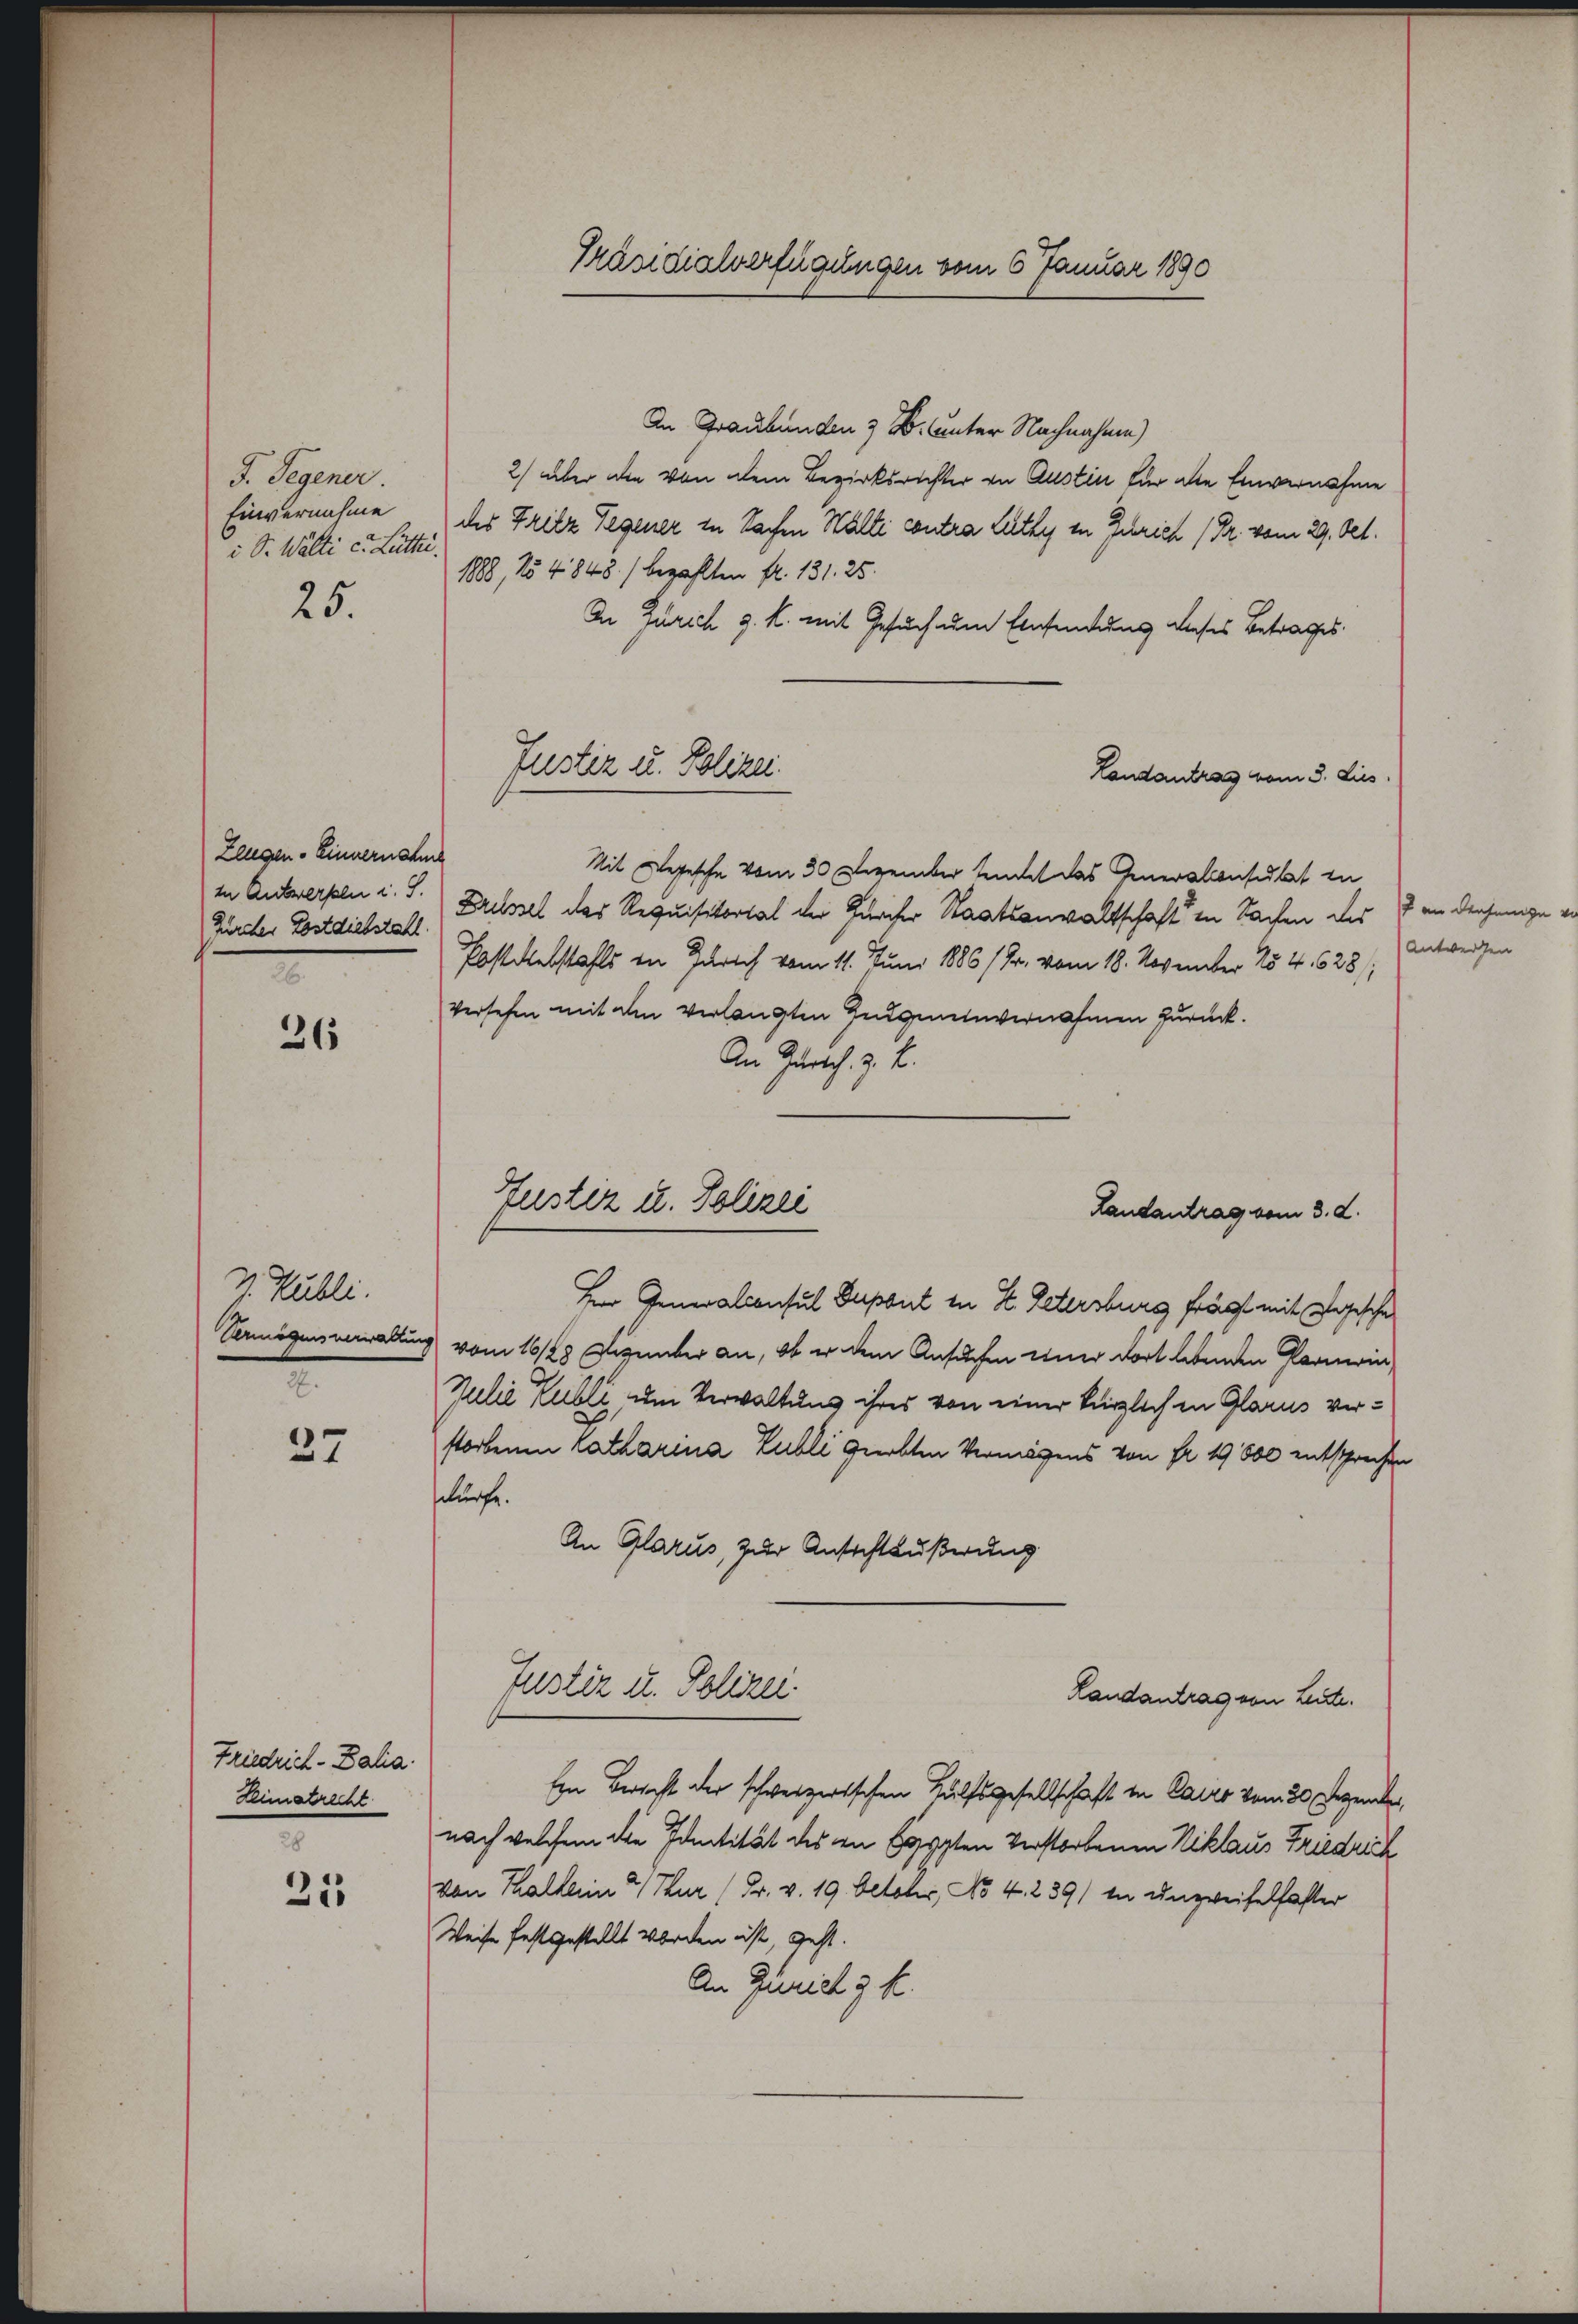
F. Gegener.
Einvernahme
i Sr. Wälti c. Lüth.

25.

Zeugen. Einvernahme
Zürcher Postdiebstahl.

26

v. Kubli
Vermögensverwalten

37

Friedrich-Balia.
Heimatrecht
28

21

Präsidialverfügungen vom 6 Januar 1890

Justiz u. Polizei.

Justiz u. Polizei

In Graubünden 3 B. unter Nachnahme)
2) über die von dem Bezirksrichter in Austin für alle Einvernahme
des Fritz Gegener in Sachen Wälti contra Lüthy in Gerich (Dr. vom 29. Oct.
1888, No 4843/ bezahlten fr. 131. 25.
In Zürich z. B. mit Gesuch um Einsendung dieses Betrages
Mit Depesche vom 30 Dezember sendet das Generalonsulat in
in Antwerpen u. S. Krusel der Requisitorial der Zürcher Staatsanwaltschaft in Sachen des an derjenige
Postdiebstahls in Zürich vom 11. Juni 1886/Fr. vom 18. November 154. 628.) Antwerfen
versehen mit den verlangten Zeugeneinvernahmen zurück.
An Zürich. Z. Z.
Herr Generalconsul Dapont in St. Petersburg frägt mit Depesche
3) vom 16/28 Dezember an, ob er dem Ansuchen einer dort lebenden Glarnerin
Julie Publi um Verwaltung ihres von einer kürzlich in Glarus verstorbenen Katharina Publi geerbten Vermögens von Fr. 19800 entsprechen
schürfe.
An Glarus, zur Ansichtäußerung
Justiz u. Polizei.
Landantrag von Leute.
Ein Bericht der schweizertschen Hülfsgesellschaft in Cairo vom 30. Gegender
nach welchem die Identität des in Egypten verstorbenen Niklaus Friedrich
von Thallein 4 Thur (Fr. v. 19. October, No 4. 239/ in unzweifelhafter
Weise festgestellt worden ist, geht.
An Zürich 3 k.

Landantrag vom 3. Dies

Landantrag vom 3. d.